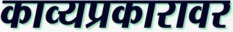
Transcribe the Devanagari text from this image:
काव्यप्रकारावर